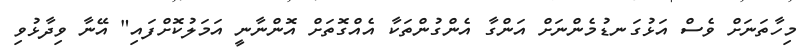
މިހާތަނަށް ވެސް އަޅުގަނޑުމެންނަށް އަންގާ އެންގުންތަކާ އެއްގޮތަށް އޮންނާނީ އަމަލުކޮށްފައި" އޭނާ ވިދާޅުވި